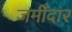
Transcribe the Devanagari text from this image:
जमीँदार